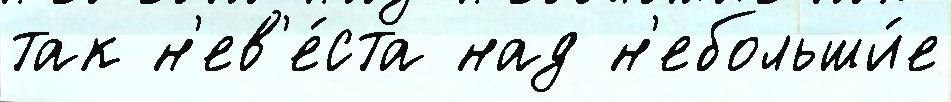
так н'ев'е́ста над н'ебольши́е